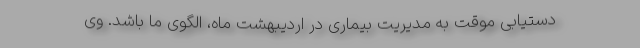
دستیابی موقت به مدیریت بیماری در اردیبهشت ماه، الگوی ما باشد. وی